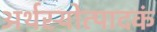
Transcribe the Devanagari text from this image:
अर्थस्योत्पादकं